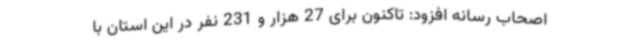
اصحاب رسانه افزود: تاکنون برای 27 هزار و 231 نفر در این استان با